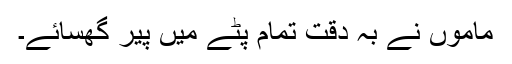
ماموں نے بہ دقت تمام پٹے میں پیر گھسائے۔